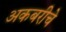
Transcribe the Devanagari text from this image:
अकबरीचे